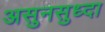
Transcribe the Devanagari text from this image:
असुनसुध्दा